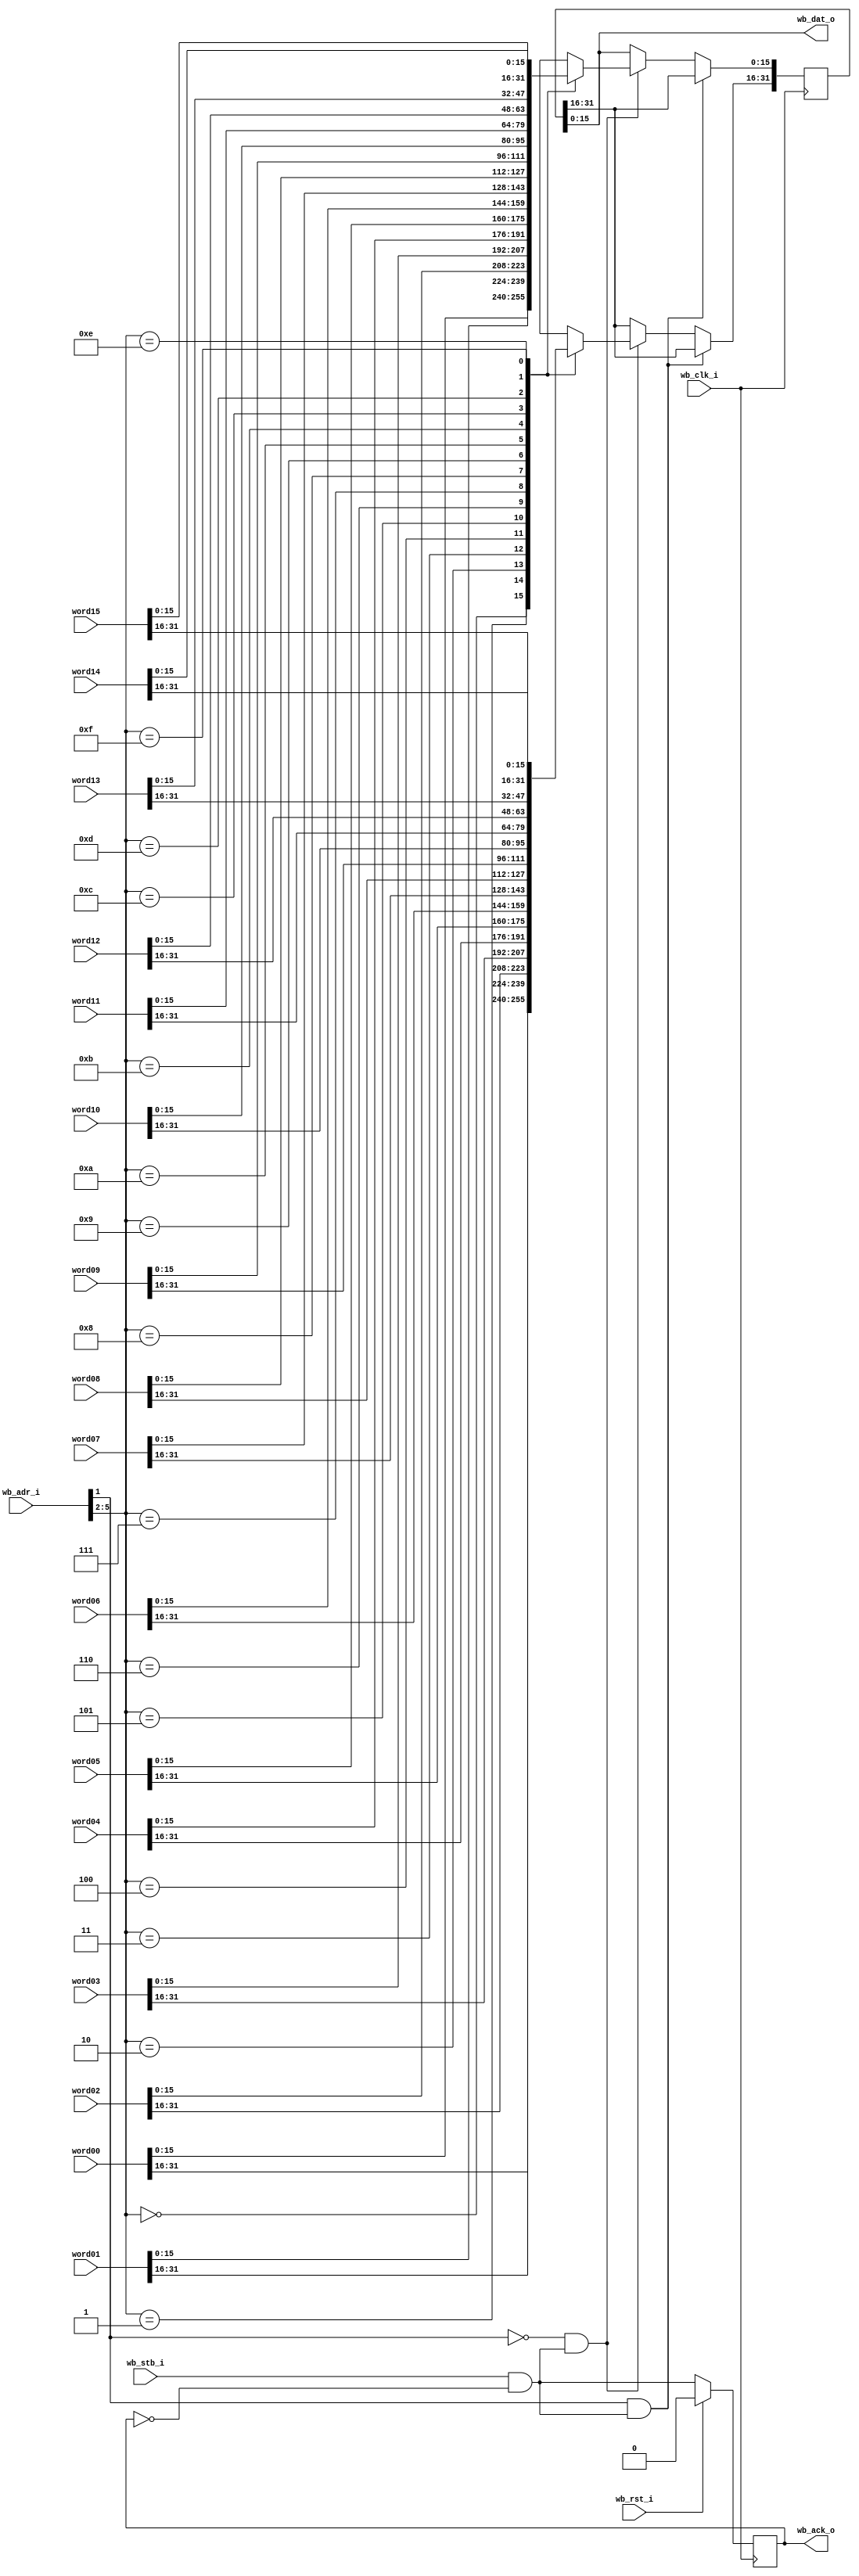


// Note -- clocks must be synchronous (derived from the same source)
// Assumes alt_clk is running at a multiple of wb_clk

// Note -- assumes that the lower-16 bits will be requested first,
// and that the upper-16 bit request will come immediately after.

module wb_readback_mux_16LE
  (input wb_clk_i,
   input wb_rst_i,
   input wb_stb_i,
   input [15:0] wb_adr_i,
   output [15:0] wb_dat_o,
   output reg wb_ack_o,

   input [31:0] word00,
   input [31:0] word01,
   input [31:0] word02,
   input [31:0] word03,
   input [31:0] word04,
   input [31:0] word05,
   input [31:0] word06,
   input [31:0] word07,
   input [31:0] word08,
   input [31:0] word09,
   input [31:0] word10,
   input [31:0] word11,
   input [31:0] word12,
   input [31:0] word13,
   input [31:0] word14,
   input [31:0] word15
   );

   wire ack_next = wb_stb_i & ~wb_ack_o;

   always @(posedge wb_clk_i)
     if(wb_rst_i)
       wb_ack_o <= 0;
     else
       wb_ack_o <= ack_next;

   reg [31:0] data;
   assign wb_dat_o = data[15:0];

   always @(posedge wb_clk_i)
    if (wb_adr_i[1] & ack_next) begin //upper half
        data[15:0] <= data[31:16];
    end
    else if (~wb_adr_i[1] & ack_next) begin //lower half
     case(wb_adr_i[5:2])
       0 : data <= word00;
       1 : data <= word01;
       2 : data <= word02;
       3 : data <= word03;
       4 : data <= word04;
       5 : data <= word05;
       6 : data <= word06;
       7 : data <= word07;
       8 : data <= word08;
       9 : data <= word09;
       10: data <= word10;
       11: data <= word11;
       12: data <= word12;
       13: data <= word13;
       14: data <= word14;
       15: data <= word15;
     endcase // case(wb_adr_i[5:2])
    end

endmodule // wb_readback_mux